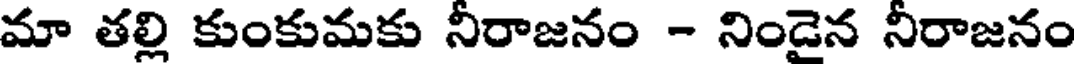
మా తల్లి కుంకుమకు నీరాజనం - నిండైన నీరాజనం